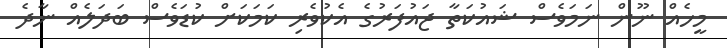
މީހެއް ނޫން ނަމަވެސް ޝައުކަތާ ޖައުފަރުގެ އެކުވެރި ކަމަކަށް ކުޑަވެސް ބަދަލެއް ނާދެ